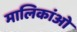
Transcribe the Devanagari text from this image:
मालिकांओ